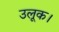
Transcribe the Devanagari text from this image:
उलूक।